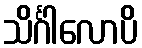
သိင်္ဂါလောပိ